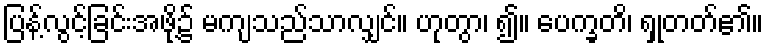
ပြန့်လွင့်ခြင်းအဖို့၌ မကျသည်သာလျှင်။ ဟုတွာ၊ ၍။ ပေက္ခတိ၊ ရှုတတ်၏။